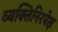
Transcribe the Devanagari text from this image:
व्यक्तिनिरपेक्ष